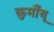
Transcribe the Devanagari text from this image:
कुमाँयू